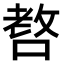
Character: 𠺛